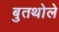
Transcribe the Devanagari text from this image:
बुतथोले